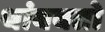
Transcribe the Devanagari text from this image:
थांबवतो